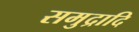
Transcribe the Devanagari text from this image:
समुद्रादि